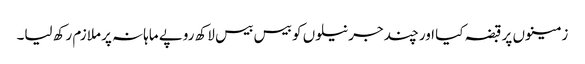
زمینوں پر قبضہ کیا اور چند جرنیلوں کو بیس بیس لاکھ روپے ماہانہ پر ملازم رکھ لیا۔